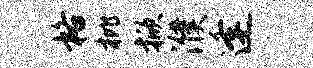
格枇掀濮逢